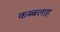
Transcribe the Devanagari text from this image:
कब्बलाह